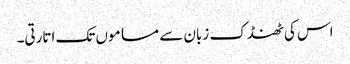
اس کی ٹھنڈک زبان سے مساموں تک اتارتی۔